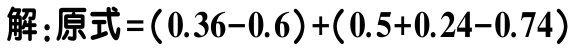
解：原式\(=(0.36 - 0.6)+(0.5 + 0.24 - 0.74)\)